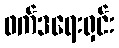
ဖက်ဒရေးရှင်း